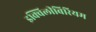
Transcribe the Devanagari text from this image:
इक्विलीबिरियम